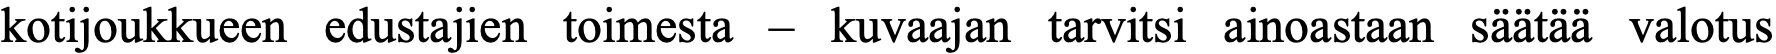
kotijoukkueen edustajien toimesta – kuvaajan tarvitsi ainoastaan säätää valotus